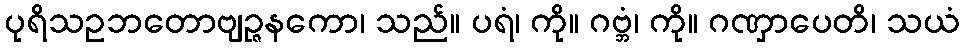
ပုရိသဥဘတောဗျဉ္ဇနကော၊ သည်။ ပရံ၊ ကို။ ဂဗ္ဘံ၊ ကို။ ဂဏှာပေတိ၊ သယံ